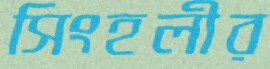
সিংহলীর